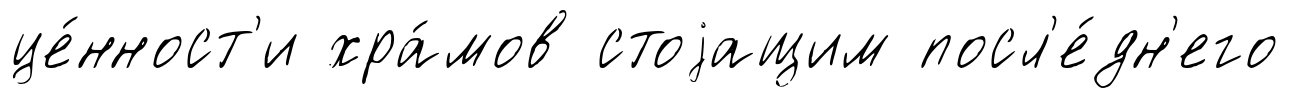
це́нност'и хра́мов стоjащим посл'е́дн'его